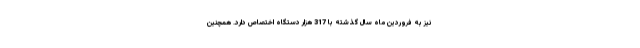
نیز به فروردین ماه سال گذشته با 317 هزار دستگاه اختصاص دارد. همچنین